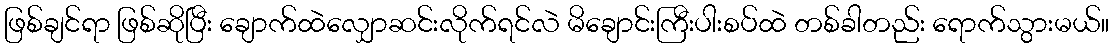
ဖြစ်ချင်ရာ ဖြစ်ဆိုပြီး ချောက်ထဲလျှောဆင်းလိုက်ရင်လဲ မိချောင်းကြီးပါးစပ်ထဲ တစ်ခါတည်း ရောက်သွားမယ်။